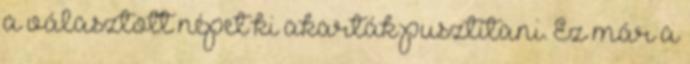
a választott népet ki akarták pusztítani. Ez már a